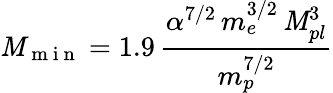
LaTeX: \mathit{M}_{\mathrm{{~m~i~n~}}}=1.9\, \frac{{\alpha^{7/2}\, m_{e}^{3/2}\, \mathit{M}_{pl}^{3}}}{{m_{p}^{7/2}}}